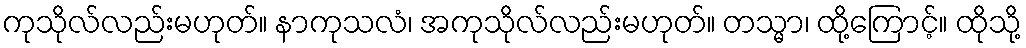
ကုသိုလ်လည်းမဟုတ်။ နာကုသလံ၊ အကုသိုလ်လည်းမဟုတ်။ တသ္မာ၊ ထို့ကြောင့်။ ထိုသို့